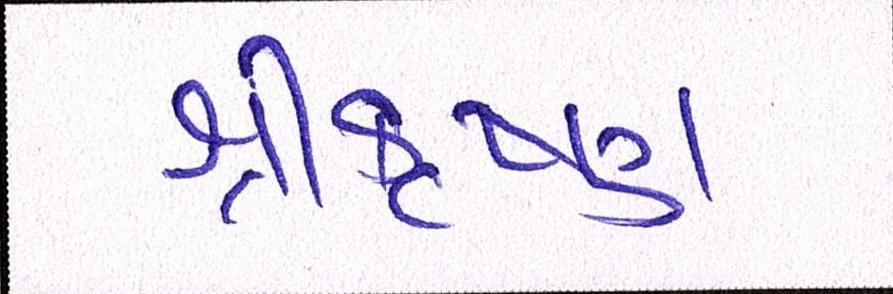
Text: શ્રીકૃષ્ણ